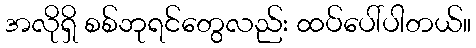
အလိုရှိ စစ်ဘုရင်တွေလည်း ထပ်ပေါ်ပါတယ်။